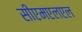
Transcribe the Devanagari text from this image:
सीएमएलएल